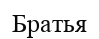
Братья